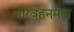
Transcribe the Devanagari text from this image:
भारवहनमता